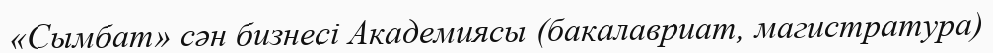
«Сымбат» сән бизнесі Академиясы (бакалавриат, магистратура)